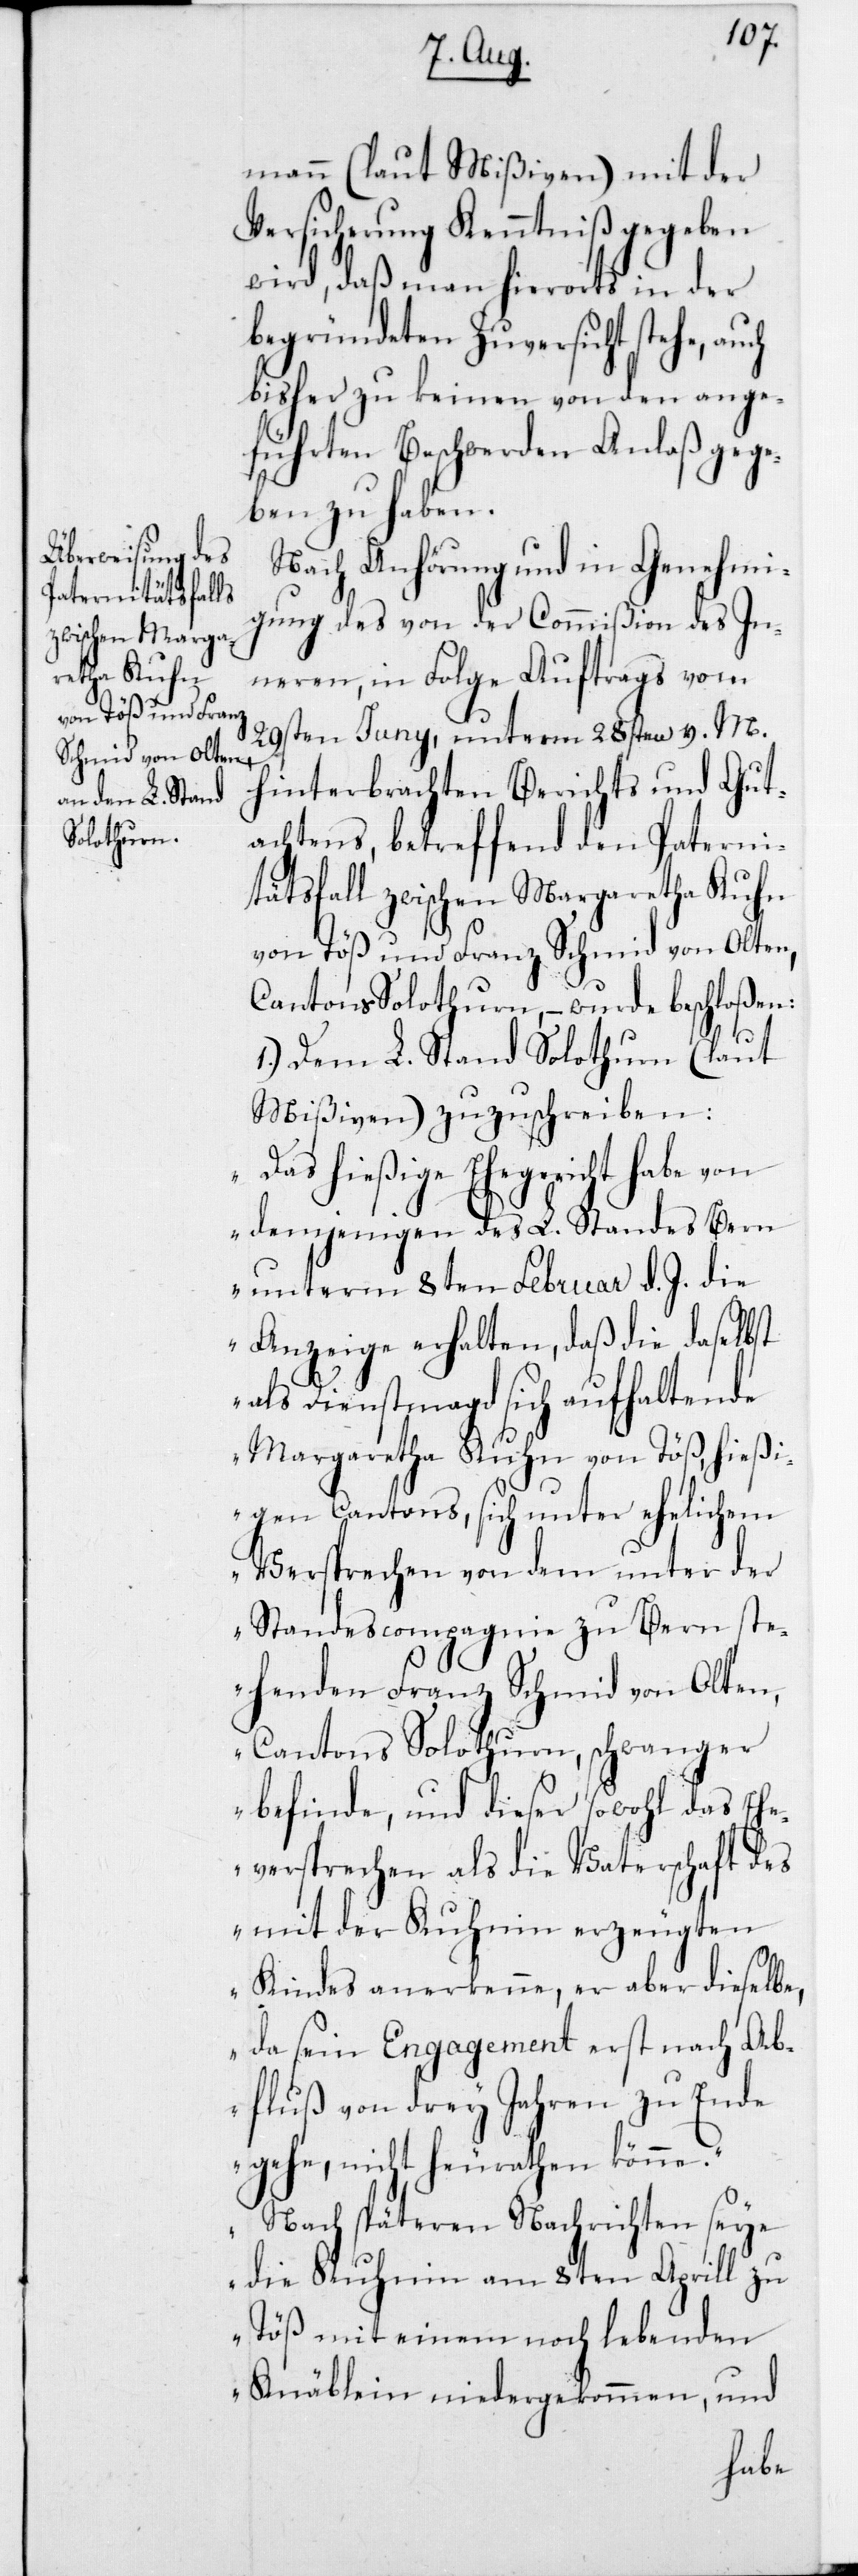
von Töß und Franz
Schmid von Olten,

mann (laut Mißiven) mit der
Versicherung Kenntniß gegeben
wird, daß man hierorts in der
begründeten Zuversicht stehe,
bisher zu keinen von den ange¬
führten Beschwerden Anlaß gege¬
ben zu haben.
Nach Anhörung und in Genehmi¬
gung des von der Commißion des In¬
neren, in Folge Auftrags vom
29sten Juny, unterm 28sten v. M.
hinterbrachten Berichts und Gut¬
achtens, betreffend den Paterni¬
tätsfall zwischen Margaretha Kuhn
Cantons Solothurn, – wurde beschloßen:
1.) Dem L. Stand Solothurn (laut
Mißiven) zuzuschreiben:
hießige Ehegericht habe von
demjenigen des L. Standes Bern
unterm 8ten Februar d. J. die
Anzeige erhalten, daß die daselbst
als Dienstmagd sich aufhaltende
Margaretha Kuhn von Töß, hießi¬
gen Cantons, sich unter ehelichem
Versprechen von dem unter der¬
Standescompagnie zu Bern st¬
ehenden Franz Schmid von Olten,
Cantons Solothurn, schwanger
befinde, und dieser sowohl das Ehe¬
versprechen als die Vaterschaft des
mit der Kuhnin erzeugten
Kindes anerkenne, er aber dieselbe,
da sein Engagement erst nach Ab¬
fluß von drey Jahren zu Ende
gehe, nicht heirathen könne.
Nach späteren Nachrichten seye
die Kuhnin am 8ten Aprill zu
Töß mit einem noch lebenden
Knäblein niedergekommen, und